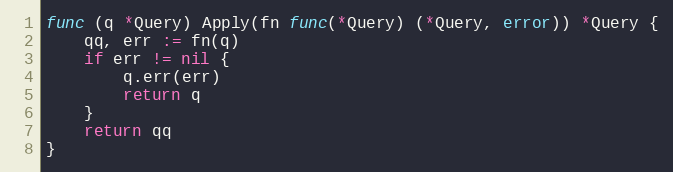
Language: Go
func (q *Query) Apply(fn func(*Query) (*Query, error)) *Query {
	qq, err := fn(q)
	if err != nil {
		q.err(err)
		return q
	}
	return qq
}